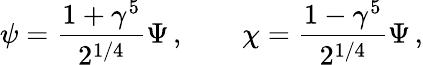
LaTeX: \psi=\frac{1+\gamma^{5}}{2^{1/4}}\Psi\, ,\qquad\chi=\frac{1-\gamma^{5}}{2^{1/4}}\Psi\, ,